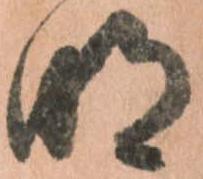
明